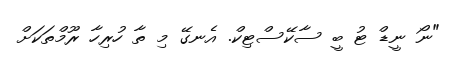
"ނޯ ނީޑް ޓު ބީ ސާކޭސްޓިކް. އެނގޭ މި ތާ ހުރިހާ ރޫމްތަކަށް